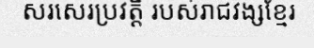
សរសេរប្រវត្តិ របស់រាជវង្សខ្មែរ